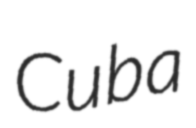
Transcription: Cuba